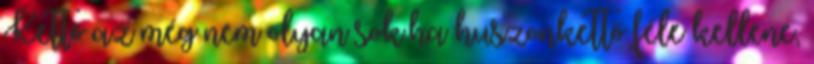
Kettő az még nem olyan sok.ha huszonkettő féle kellene,